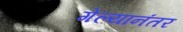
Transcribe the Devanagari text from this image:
गेल्‍यानंतर